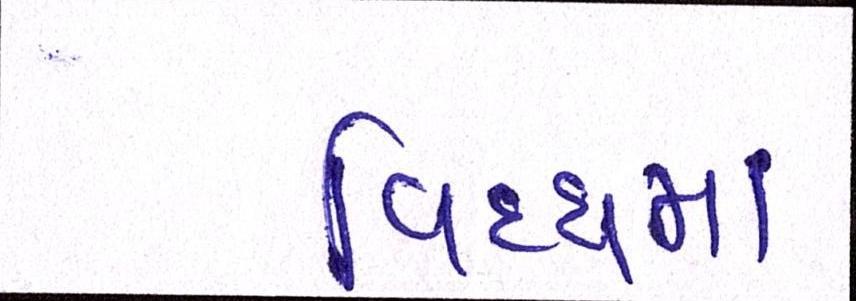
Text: વિધ્ધમાં